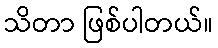
သိတာ ဖြစ်ပါတယ်။